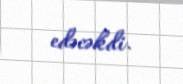
edəcəkdi.